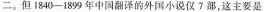
二。但1840-1899年中国翻译的外国小说仅7部，这主要是